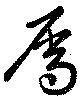
屬